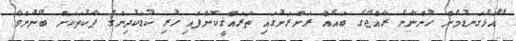
"އަޅުގަނޑުމެން ހުންނާނެ ރާއްޖޭގެ ބައެއް ރަށްރަށުގައި ތަރައްޤީކޮށްފައި ހުރި ކުޑަކުދިންގެ ޕާކުތަކަށް ބޭނުންވާ